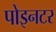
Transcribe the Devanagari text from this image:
पोइनटर